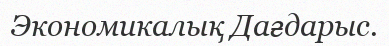
Экономикалық Дағдарыс.